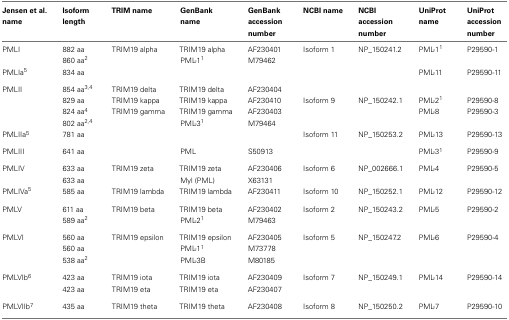
<table><thead><tr><td><b>Jensen et al. name</b></td><td><b>Isoform length</b></td><td><b>TRIM name</b></td><td><b>GenBank name</b></td><td><b>GenBank accession number</b></td><td><b>NCBI name</b></td><td><b>NCBI accession number</b></td><td><b>UniProt name</b></td><td><b>UniProt accession number</b></td></tr></thead><tbody><tr><td>PMLI</td><td>882 aa</td><td>TRIM19 alpha</td><td>TRIM19 alpha</td><td>AF230401</td><td>Isoform 1</td><td>NP_150241.2</td><td>PML-1<sup>1</sup></td><td>P29590-1</td></tr><tr><td></td><td>860 aa<sup>2</sup></td><td></td><td>PML-1<sup>1</sup></td><td>M79462</td><td></td><td></td><td></td><td></td></tr><tr><td>PMLIa<sup>5</sup></td><td>834 aa</td><td></td><td></td><td></td><td></td><td></td><td>PML-11</td><td>P29590-11</td></tr><tr><td>PMLII</td><td>854 aa<sup>3</sup><sup>,</sup><sup>4</sup></td><td>TRIM19 delta</td><td>TRIM19 delta</td><td>AF230404</td><td></td><td></td><td></td><td></td></tr><tr><td></td><td>829 aa</td><td>TRIM19 kappa</td><td>TRIM19 kappa</td><td>AF230410</td><td>Isoform 9</td><td>NP_150242.1</td><td>PML-2<sup>1</sup></td><td>P29590-8</td></tr><tr><td></td><td>824 aa<sup>4</sup></td><td>TRIM19 gamma</td><td>TRIM19 gamma</td><td>AF230403</td><td></td><td></td><td>PML-8</td><td>P29590-3</td></tr><tr><td></td><td>802 aa<sup>2</sup><sup>,</sup><sup>4</sup></td><td></td><td>PML-3<sup>1</sup></td><td>M79464</td><td></td><td></td><td></td><td></td></tr><tr><td>PMLIIa<sup>5</sup></td><td>781 aa</td><td></td><td></td><td></td><td>Isoform 11</td><td>NP_150253.2</td><td>PML-13</td><td>P29590-13</td></tr><tr><td>PMLIII</td><td>641 aa</td><td></td><td>PML</td><td>S50913</td><td></td><td></td><td>PML-3<sup>1</sup></td><td>P29590-9</td></tr><tr><td>PMLIV</td><td>633 aa</td><td>TRIM19 zeta</td><td>TRIM19 zeta</td><td>AF230406</td><td>Isoform 6</td><td>NP_002666.1</td><td>PML-4</td><td>P29590-5</td></tr><tr><td></td><td>633 aa</td><td></td><td>Myl (PML)</td><td>X63131</td><td></td><td></td><td></td><td></td></tr><tr><td>PMLIVa<sup>5</sup></td><td>585 aa</td><td>TRIM19 lambda</td><td>TRIM19 lambda</td><td>AF230411</td><td>Isoform 10</td><td>NP_150252.1</td><td>PML-12</td><td>P29590-12</td></tr><tr><td>PMLV</td><td>611 aa</td><td>TRIM19 beta</td><td>TRIM19 beta</td><td>AF230402</td><td>Isoform 2</td><td>NP_150243.2</td><td>PML-5</td><td>P29590-2</td></tr><tr><td></td><td>589 aa<sup>2</sup></td><td></td><td>PML-2<sup>1</sup></td><td>M79463</td><td></td><td></td><td></td><td></td></tr><tr><td>PMLVI</td><td>560 aa</td><td>TRIM19 epsilon</td><td>TRIM19 epsilon</td><td>AF230405</td><td>Isoform 5</td><td>NP_150247.2</td><td>PML-6</td><td>P29590-4</td></tr><tr><td></td><td>560 aa</td><td></td><td>PML-1<sup>1</sup></td><td>M73778</td><td></td><td></td><td></td><td></td></tr><tr><td></td><td>538 aa<sup>2</sup></td><td></td><td>PML-3B</td><td>M80185</td><td></td><td></td><td></td><td></td></tr><tr><td>PMLVIb<sup>6</sup></td><td>423 aa</td><td>TRIM19 iota</td><td>TRIM19 iota</td><td>AF230409</td><td>Isoform 7</td><td>NP_150249.1</td><td>PML-14</td><td>P29590-14</td></tr><tr><td></td><td>423 aa</td><td>TRIM19 eta</td><td>TRIM19 eta</td><td>AF230407</td><td></td><td></td><td></td><td></td></tr><tr><td>PMLVIIb<sup>7</sup></td><td>435 aa</td><td>TRIM19 theta</td><td>TRIM19 theta</td><td>AF230408</td><td>Isoform 8</td><td>NP_150250.2</td><td>PML-7</td><td>P29590-10</td></tr></tbody></table>